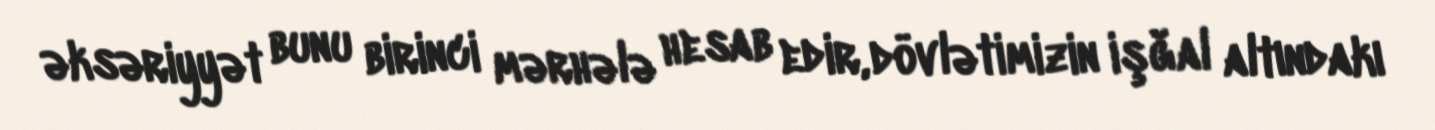
əksəriyyət bunu birinci mərhələ hesab edir, dövlətimizin işğal altındakı